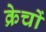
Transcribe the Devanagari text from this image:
क्रेचों